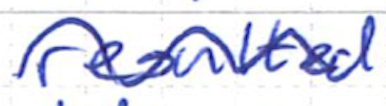
Text: resulted
Cross-out: wave
Writing tool: ballpoint